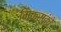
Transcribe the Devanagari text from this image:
मिक्स्को